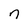
Character: n